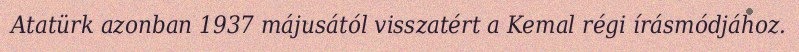
Atatürk azonban 1937 májusától visszatért a Kemal régi írásmódjához.